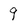
Character: 9